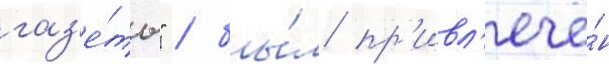
газ'е́ты" / бы́л пр'ивл'ечё́н